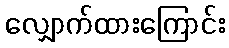
လျှောက်ထားကြောင်း